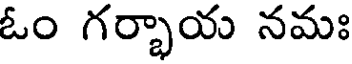
ఓం గర్భాయ నమః